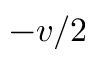
- v / 2